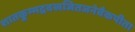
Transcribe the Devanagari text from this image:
शातकुम्भद्रवखजितजनेवैकपीता